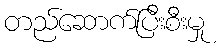
တည်ဆောက်ပြီးစီးမှု